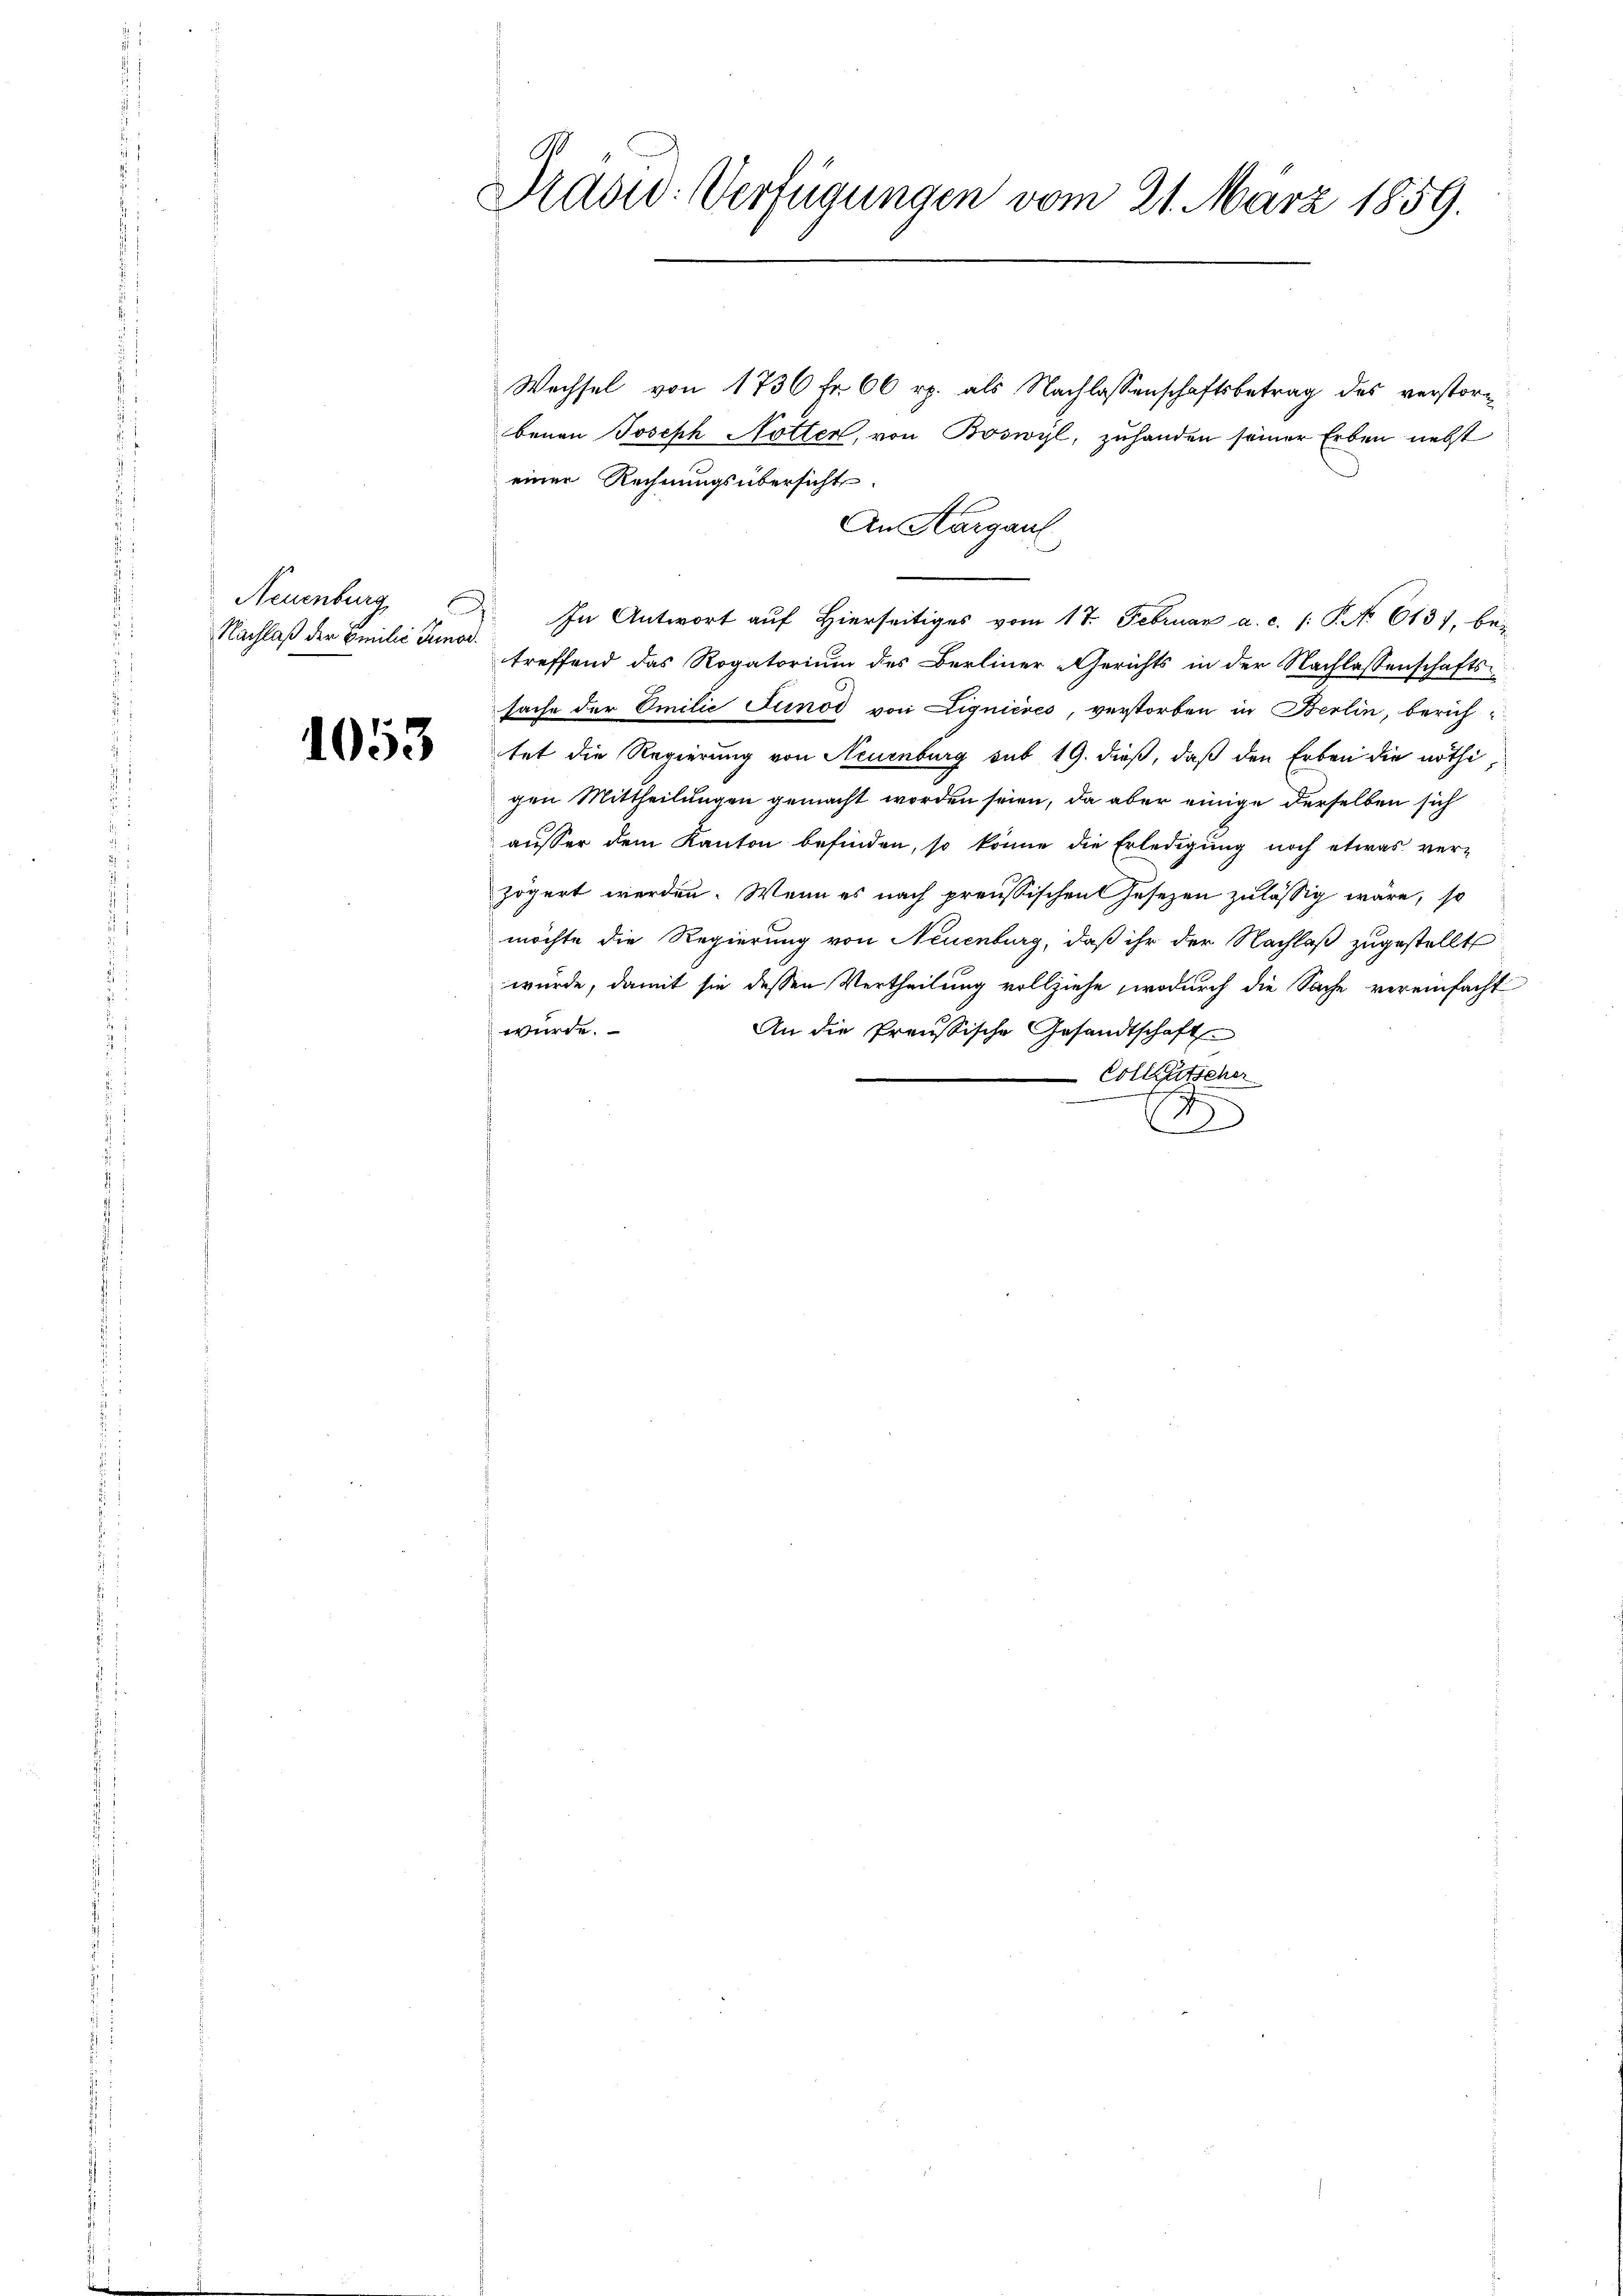
Neuenburg
Nachlaß der Emilie Junod.

1053

Pradid: Verfügungen vom 21. März 1859.

Wechsel von 1736 Fr. 60 rp. als Nachlassenschaftsbetrag des verstorbenen Joseph Notter, von Boswyl, zuhanden seiner Erben nebst
einer Rechnungsübersicht
An Aargaul
In Antwort auf Hierseitiges vom 17. Februar a. c. (: P. No 613), be-
treffend das Rogatorium des Berliner-Gerichts in der Nachlassenschaftssache der Emilie Junod von Lignieres, verstorben in Berlin, berichtet die Regierung von Neuenburg sub 19. dieß, daß den Erben die nöthigen Mittheilungen gemacht worden seien, da aber einige derselben sich
ausser dem Kanton befinden, so könne die Erledigung noch etwas ver-
zögert werden. Wenn es nach preussischen Gesetzen zulässig wäre, so
möchte die Regierung von Neuenburg, daß ihr der Nachlaß zugestellt
wurde, damit sie dessen Vertheilung vollziehe, wodurch die Sache vereinfacht
würde.
An die Preussische Gesandtschaft
Colleutscher
J
)